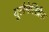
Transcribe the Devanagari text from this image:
यूलैमेलिब्रैक